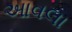
આવલા